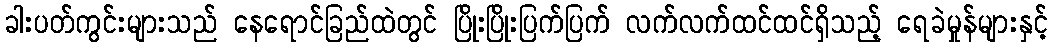
ခါးပတ်ကွင်းများသည် နေရောင်ခြည်ထဲတွင် ပြိုးပြိုးပြက်ပြက် လက်လက်ထင်ထင်ရှိသည့် ရေခဲမှုန်များနှင့်